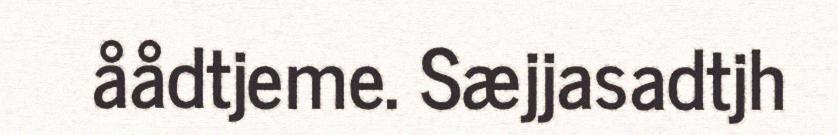
åådtjeme. Sæjjasadtjh